Civil Veterinary Department Bihar reports 1936-40 - 1936-1940
Year: 1936
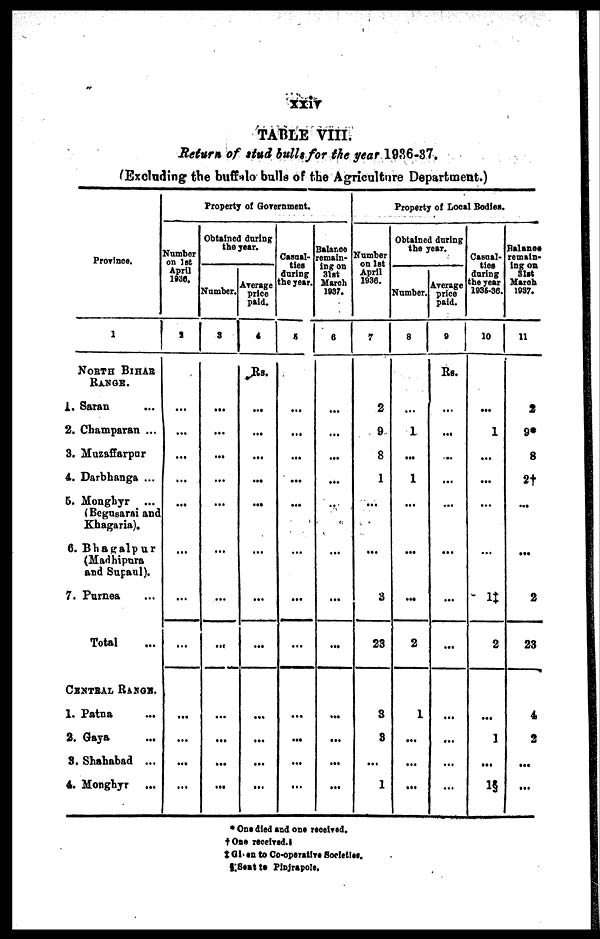
xxiv
TABLE VIII.
Return of stud bulls for the year 1936-37.
(Excluding the buffalo bulls of the Agriculture Department.)
Province.
1
NORTH BIHAR
Range.
1. Satan …
2. Champaran ...
3. Muzaffarpur
4. Darbhanga ...
5. Monghyr ...
(Begasarai and
Khagaria).
6. Bhagalpur
(Madhipura
and Supaul).
7. Purnea ...
Total …
Central Range.
1. Patna ...
2. Gaya ...
3. Shahabad ...
4. Monghyr …
Property of Government.
Number
on 1st
April
1936.
2
...
...
...
...
...
…
...
...
...
...
...
...
Obtained during
the year.
Number.
3
...
...
...
...
...
…
...
...
...
...
...
...
Average
price
Paid.
4
Rs.
...
...
...
...
...
…
...
...
...
...
...
...
Casual-
ties
during
the year.
5
...
...
...
...
...
…
...
...
...
...
...
...
Balance
remain-
ing on
31st
March
1937.
6
...
...
...
...
…
…
...
...
...
...
...
...
Number
on 1st
April
1936.
7
2
9
8
1
...
...
3
23
3
9
...
1
Property of Local Bodies.
Obtained during
the year.
Number.
8
...
1
...
1
…
…
...
2
1
...
...
...
Average
price
paid.
9
Rs.
...
...
..
...
…
...
...
...
…
…
…
…
Casual-
ties
during
the year
1935-36.
10
...
1
...
...
...
…
1‡
2
...
1
...
1§
Balance
remain-
ing on
31st
March
1937.
11
2
9*
8
2†
...
...
2
23
4
2
...
...
* One died and one received.
† One received.
‡ Gl on to Co-operative Societies.
§ Sent to Pinjrapole.